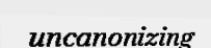
uncanonizing